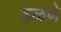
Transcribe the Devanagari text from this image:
ढळणे